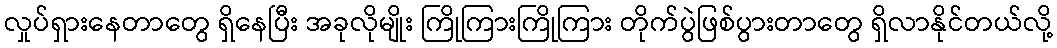
လှုပ်ရှားနေတာတွေ ရှိနေပြီး အခုလိုမျိုး ကြိုကြားကြိုကြား တိုက်ပွဲဖြစ်ပွားတာတွေ ရှိလာနိုင်တယ်လို့